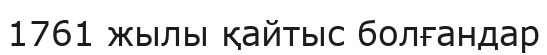
1761 жылы қайтыс болғандар